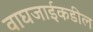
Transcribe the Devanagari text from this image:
वाघजाईकडील